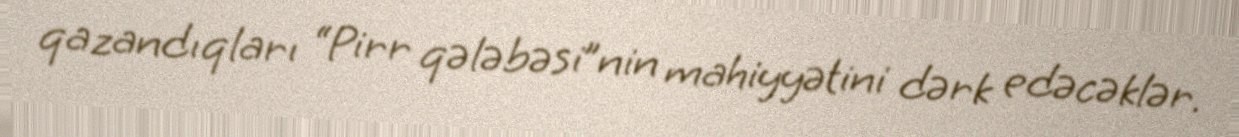
qazandıqları “Pirr qələbəsi”nin mahiyyətini dərk edəcəklər.